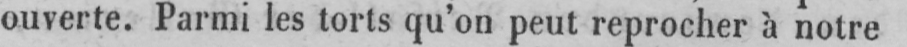
ouverte. Parmi les torts qu’on peut reprocher à notre